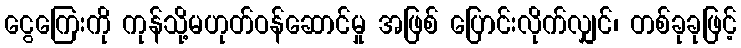
ငွေကြေးကို ကုန်သို့မဟုတ်ဝန်ဆောင်မှု အဖြစ် ပြောင်းလိုက်လျှင်၊ တစ်ခုခုဖြင့်